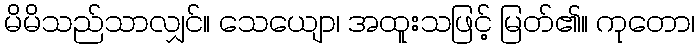
မိမိသည်သာလျှင်။ သေယျော၊ အထူးသဖြင့် မြတ်၏။ ကုတော၊